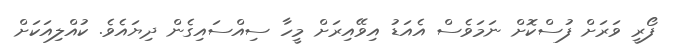
ފޯރީ ވަރަށް ފުސްކޮށް ނަމަވެސް އެއަޑު އިވޭއިރަށް މީހާ ސިއްސައިގެން ދިޔައެވެ. ކުއްލިއަކަށް